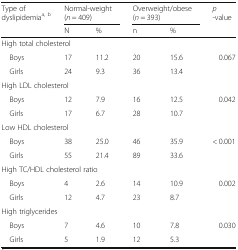
<table><thead><tr><td rowspan="2"><b>Type of dyslipidemia<sup>a, b</sup></b></td><td colspan="2"><b>Normal-weight(<i>n</i> = 409)</b></td><td colspan="2"><b>Overweight/obese(<i>n</i> = 393)</b></td><td rowspan="2"><b><i>p</i>-value</b></td></tr><tr><td><b>N</b></td><td><b>%</b></td><td><b>n</b></td><td><b>%</b></td></tr></thead><tbody><tr><td colspan="6">High total cholesterol</td></tr><tr><td> Boys</td><td>17</td><td>11.2</td><td>20</td><td>15.6</td><td rowspan="2">0.067</td></tr><tr><td> Girls</td><td>24</td><td>9.3</td><td>36</td><td>13.4</td></tr><tr><td colspan="6">High LDL cholesterol</td></tr><tr><td> Boys</td><td>12</td><td>7.9</td><td>16</td><td>12.5</td><td rowspan="2">0.042</td></tr><tr><td> Girls</td><td>17</td><td>6.7</td><td>28</td><td>10.7</td></tr><tr><td colspan="6">Low HDL cholesterol</td></tr><tr><td> Boys</td><td>38</td><td>25.0</td><td>46</td><td>35.9</td><td rowspan="2">&lt; 0.001</td></tr><tr><td> Girls</td><td>55</td><td>21.4</td><td>89</td><td>33.6</td></tr><tr><td colspan="6">High TC/HDL cholesterol ratio</td></tr><tr><td> Boys</td><td>4</td><td>2.6</td><td>14</td><td>10.9</td><td rowspan="2">0.002</td></tr><tr><td> Girls</td><td>12</td><td>4.7</td><td>23</td><td>8.7</td></tr><tr><td colspan="6">High triglycerides</td></tr><tr><td> Boys</td><td>7</td><td>4.6</td><td>10</td><td>7.8</td><td rowspan="2">0.030</td></tr><tr><td> Girls</td><td>5</td><td>1.9</td><td>12</td><td>5.3</td></tr></tbody></table>